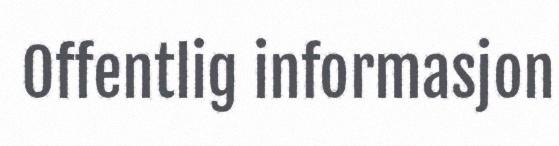
Offentlig informasjon